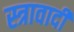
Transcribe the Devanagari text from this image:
स्त्रावादी